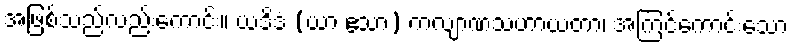
အဖြစ်သည်လည်းကောင်း။ ယဒိဒံ (ယာ ဧသာ) ကလျာဏသဟာယတာ၊ အကြင်ကောင်းသော